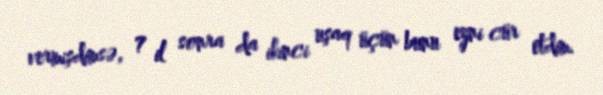
vermişdimsə, 7 il sonra da ikinci uşaq üçün bunu eyni cür etdim.